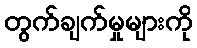
တွက်ချက်မှုများကို